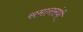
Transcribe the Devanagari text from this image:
समानसंधी